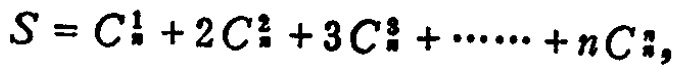
\(S = C_{n}^{1}+2C_{n}^{2}+3C_{n}^{3}+\cdots\cdots +nC_{n}^{n}\)